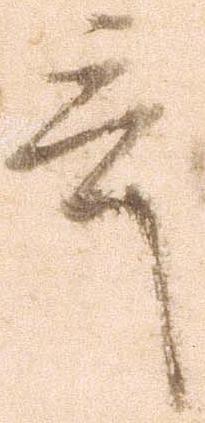
言